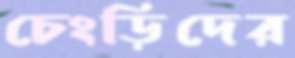
চেংড়িদের